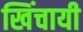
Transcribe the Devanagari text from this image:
खिंचायी